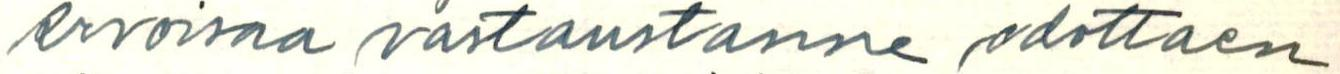
Arvoisaa vastaustanne odottaen